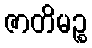
ဇာတိမဉ္စ